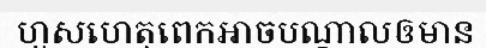
ហួសហេតុពេកអាចបណ្តាលឲមាន